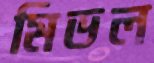
মিডল